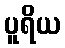
ပူရိယ